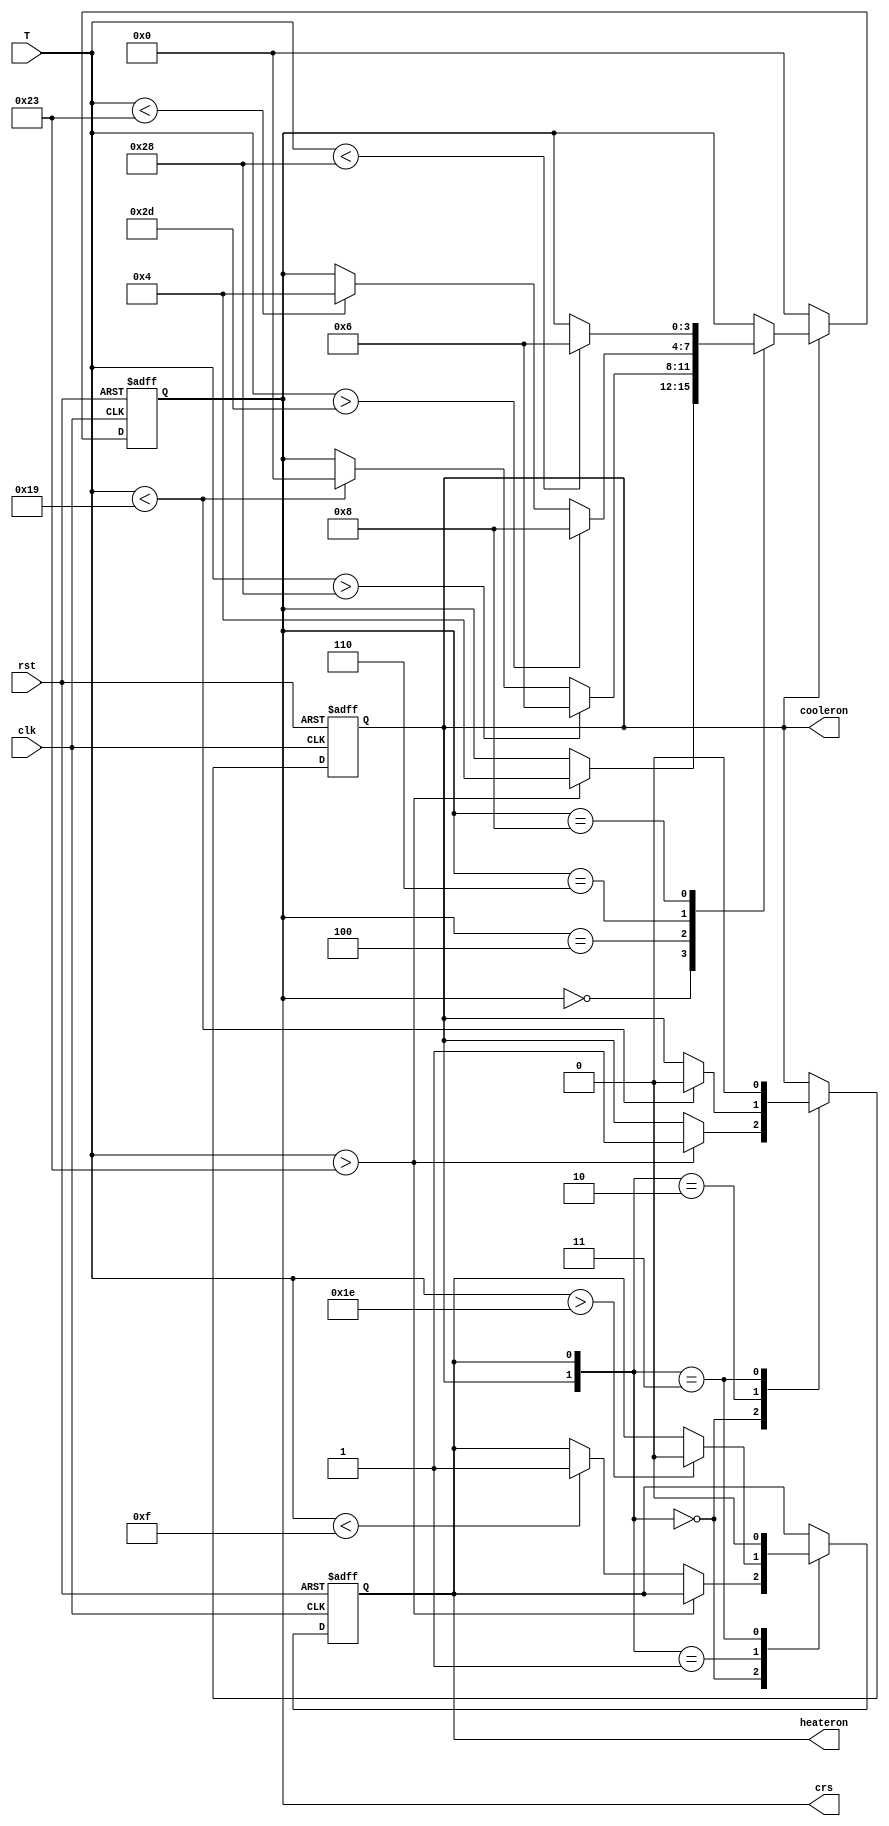
`timescale 1ns / 1ps
//////////////////////////////////////////////////////////////////////////////////
// Company:
// Engineer:
//
// Design Name:
// Module Name:    incubator
// Project Name:
// Target Devices:
// Tool versions:
// Description:
//
// Dependencies:
//
// Revision:
// Revision 0.01 - File Created
// Additional Comments:
//
//////////////////////////////////////////////////////////////////////////////////
module incubator(cooleron,
                 heateron,
					  crs,
					  T,
					  clk,
					  rst);
					  
   	output reg cooleron, heateron;
	output reg [3:0] crs;
	input signed [7:0] T;
	input rst, clk;
	
	always @(posedge clk or negedge rst)
	begin
		if(rst == 1'b0) begin
		   cooleron <= 1'b0;
			heateron <= 1'b0;
		end
		else
			case({cooleron, heateron})
				2'b00: begin
					if(T > 35) cooleron <= 1'b1;
					else if(T < 15) heateron <= 1'b1;
				end
				2'b01: if(T > 30) heateron <= 1'b0;
				2'b10: if(T < 25) cooleron <= 1'b0;
				2'b11: {heateron, cooleron} <= 2'b00;
			endcase
	end
	
	always @(posedge clk or negedge rst) begin
		if(rst == 1'b0) crs <= 4'b00;
		else if(cooleron)
			case(crs)
				0: if(T > 35) crs <= 4'd4;
				4: begin
					if(T > 40) crs <= 4'd6;
					else if(T < 25) crs <= 4'd0;
				end
				6: begin
					if(T > 45) crs <= 4'd8;
					else if(T < 35) crs <= 4'd4;
				end
				8: if(T < 40) crs <= 4'd6;
			endcase
		else crs <= 4'b0;
	end
endmodule